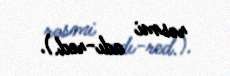
rəsmi adı-red.).